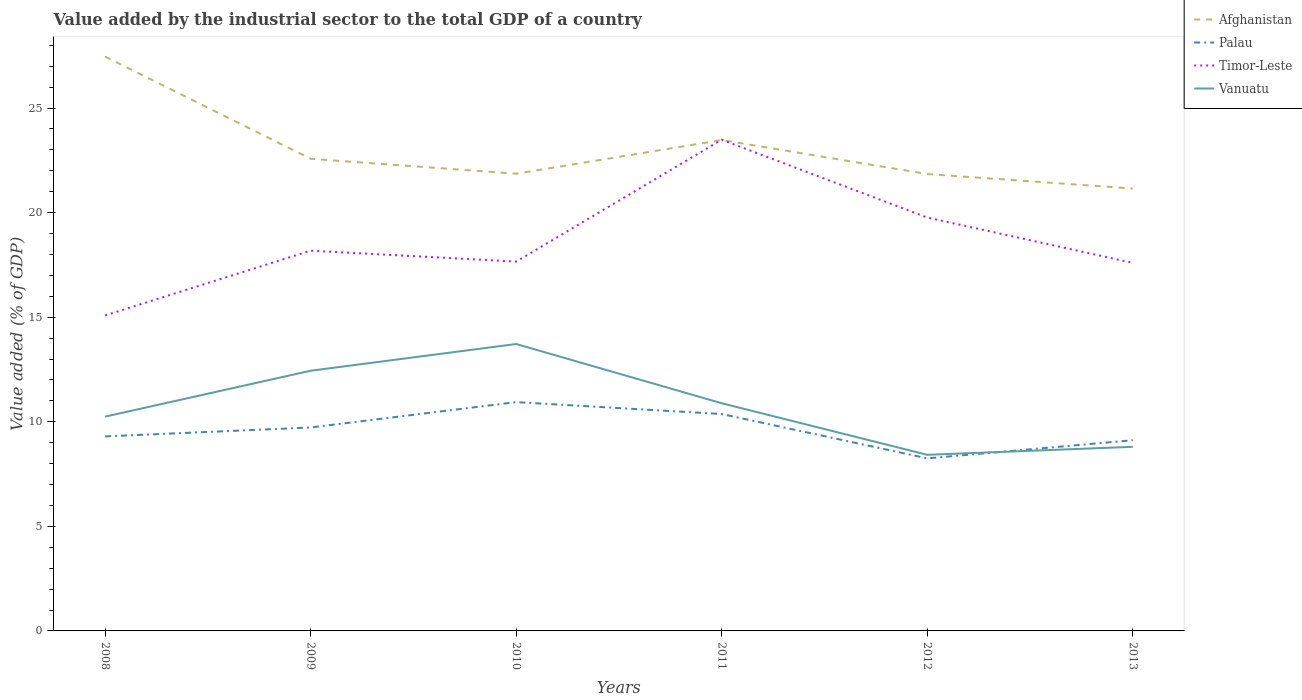
| Years | Afghanistan | Palau | Timor-Leste | Vanuatu |
 | --- | --- | --- | --- | --- |
 | 2008 | 27.5 | 9.3 | 15.1 | 10.2 |
 | 2009 | 22.6 | 9.73 | 18.2 | 12.4 |
 | 2010 | 21.9 | 10.9 | 17.7 | 13.7 |
 | 2011 | 23.5 | 10.4 | 23.5 | 10.9 |
 | 2012 | 21.8 | 8.25 | 19.8 | 8.42 |
 | 2013 | 21.2 | 9.12 | 17.6 | 8.8 |